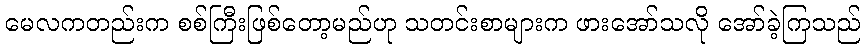
မေလကတည်းက စစ်ကြီးဖြစ်တော့မည်ဟု သတင်းစာများက ဖားအော်သလို အော်ခဲ့ကြသည်